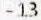
-13